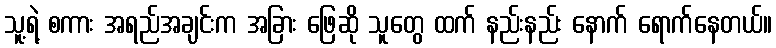
သူ့ရဲ့ စကား အရည်အချင်းက အခြား ဖြေဆို သူတွေ ထက် နည်းနည်း နောက် ရောက်နေတယ်။